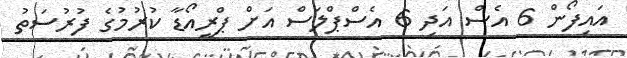
އައިފޯން 6 އެސް އަދި 6 އެސްޕްލަސް އަށް ޕްރީއޯޑާ ކުރުމުގެ ފުރުސަތު